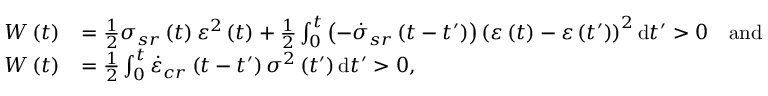
\begin{array} { r l } { W \left( t \right) } & { = \frac { 1 } { 2 } \sigma _ { s r } \left( t \right) \varepsilon ^ { 2 } \left( t \right) + \frac { 1 } { 2 } \int _ { 0 } ^ { t } \left( - \dot { \sigma } _ { s r } \left( t - t ^ { \prime } \right) \right) \left( \varepsilon \left( t \right) - \varepsilon \left( t ^ { \prime } \right) \right) ^ { 2 } \mathrm { d } t ^ { \prime } > 0 \quad \mathrm { a n d } } \\ { W \left( t \right) } & { = \frac { 1 } { 2 } \int _ { 0 } ^ { t } \dot { \varepsilon } _ { c r } \left( t - t ^ { \prime } \right) \sigma ^ { 2 } \left( t ^ { \prime } \right) \mathrm { d } t ^ { \prime } > 0 , } \end{array}